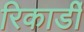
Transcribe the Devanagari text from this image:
रिकार्डी